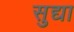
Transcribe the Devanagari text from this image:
सुद्या